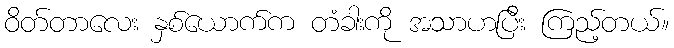
ဝိတ်တာလေး နှစ်ယောက်က တံခါးကို အသာဟပြီး ကြည့်တယ်။